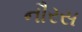
નૌરસ